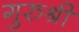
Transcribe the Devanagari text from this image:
गुरुश्री